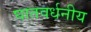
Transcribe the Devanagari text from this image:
घातवर्धनीय